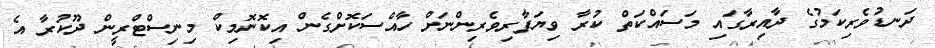
ދަނޑުވެރިކަމުގެ ދާއިރާގައި މަސައްކަތް ކުރާ ވިޔަފާރިވެރިންނަށް ހާއްސަކޮށްގެން އިކޮނޮމިކް މިނިސްޓްރީން ދޫކުރާ އެ